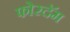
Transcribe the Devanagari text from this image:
फोरदॅम